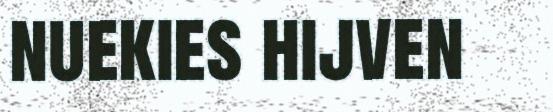
nuekies hijven